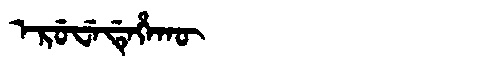
Manchu: ᡝᡵᡠᠸᡝᡩᡝᡥᠠᡴᡡ
Romanization: ERUWEDEHAKŪ